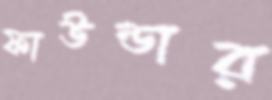
ফাউন্ডার